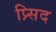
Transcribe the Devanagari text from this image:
प्र्सिद